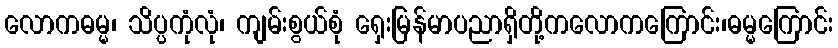
လောကဓမ္မ၊ သိပ္ပကုံလုံ၊ ကျမ်းစွယ်စုံ ရှေးမြန်မာပညာရှိတို့ကလောကကြောင်း၊ဓမ္မကြောင်း